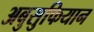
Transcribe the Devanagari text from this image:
अबुसुफियान